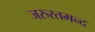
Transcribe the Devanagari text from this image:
जरुरतमन्द